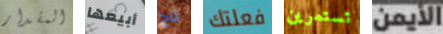
المقدار أبيعها تاج فعلتك تستمرين الأيمن